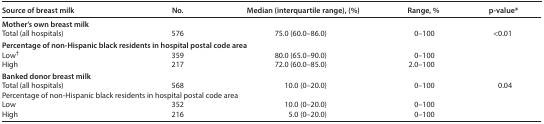
| Source of breast milk | No. | Median (interquartile range), (%) | Range, % | p-value* |
 | --- | --- | --- | --- | --- |
 | <COLSPAN=5> Mother’s own breast milk |
 | Total (all hospitals) | 576 | 75.0 (60.0–86.0) | 0–100 | <ROWSPAN=4> <0.01 |
 | <COLSPAN=4> Percentage of non-Hispanic black residents in hospital postal code area |
 | Low† | 359 | 80.0 (65.0–90.0) | 0–100 |
 | High | 217 | 72.0 (60.0–85.0) | 2.0–100 |
 | <COLSPAN=5> Banked donor breast milk |
 | Total (all hospitals) | 568 | 10.0 (0–20.0) | 0–100 | <ROWSPAN=4> 0.04 |
 | <COLSPAN=4> Percentage of non-Hispanic black residents in hospital postal code area |
 | Low | 352 | 10.0 (0–20.0) | 0–100 |
 | High | 216 | 5.0 (0–20.0) | 0–100 |